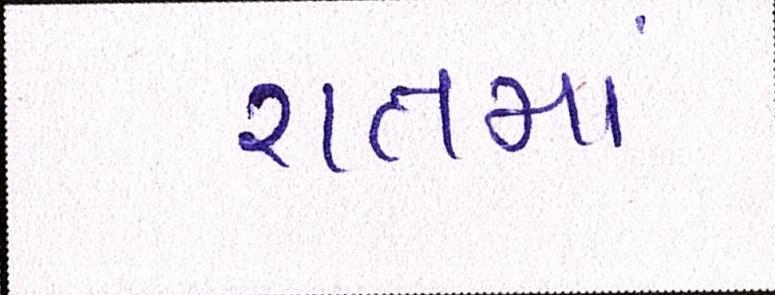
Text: રાતમાં